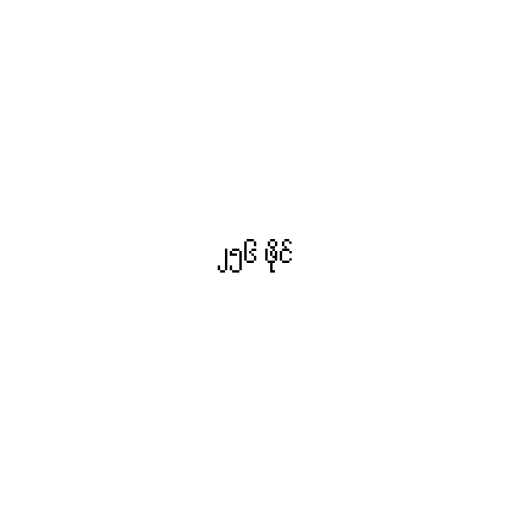
၂၅၆ ဖိုင်